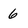
Character: 6